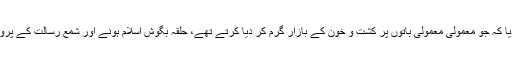
اور پھر وحشی اور جنگجوؤں کو ایک دوسرے کا بھائی بنا دیا کہ جو معمولی معمولی باتوں پر کشت و خون کے بازار گرم کر دیا کرتے تھے، حلقہ بگوش اسلام ہونے اور شمع رسالت کے پروانے بننے کے بعد ایک دوسرے پرجان نچھاور کرنے لگے۔